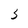
Character: 3